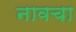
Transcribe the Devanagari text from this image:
नावचा